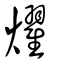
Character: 燿